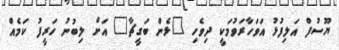
ޔޫސުފް އަލިފުޅު އަވަހާރަވުމަކީ ދިވެހި "ޅެން ބަގީޗާ" އަށް ލިބުނު ހަރީފު ކަމެއް